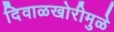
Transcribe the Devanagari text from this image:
दिवाळखोरीमुळे